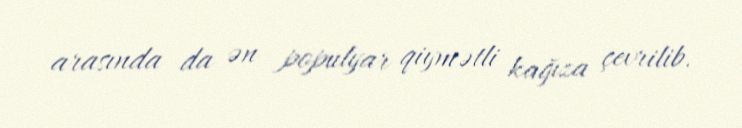
arasında da ən populyar qiymətli kağıza çevrilib.